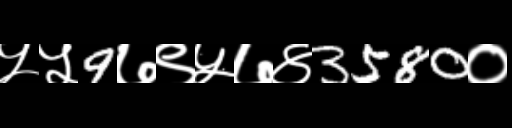
Text: ५५9७९५७४3580०